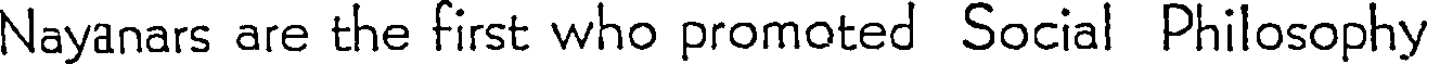
Nayanars are the first who promoted Social Philosophy